Indian journal of veterinary science and animal husbandry - Volumes 18-21, 1948-1951
Year: 1948
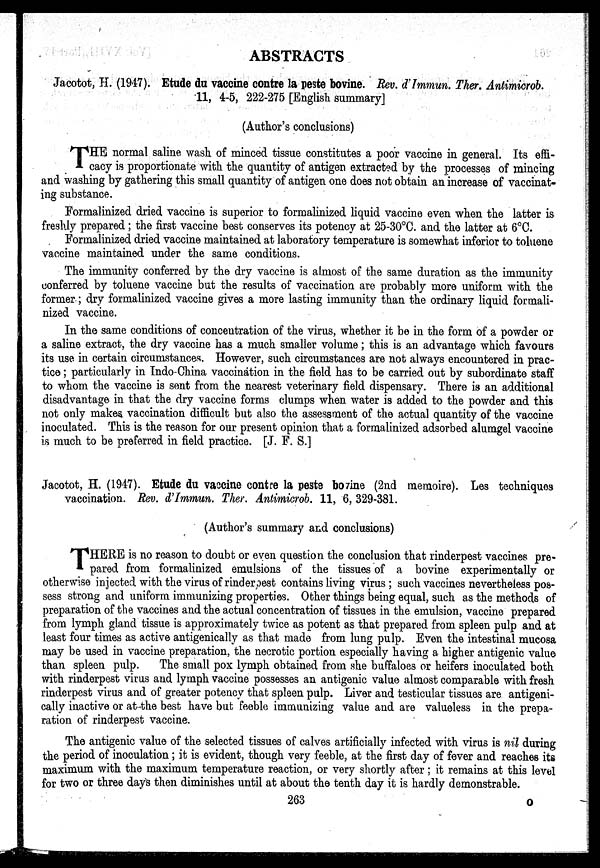
ABSTRACTS
Jacotot, H. (1947). Etude du vaccine contre la peste bovine. Rev. d Immun. Ther. Antimicrob.
11, 4-5, 222-275 [English summary]
(Author's conclusions)
T HE normal saline wash of minced tissue constitutes a poor vaccine in general. Its effi-
cacy is proportionate with the quantity of antigen extracted by the processes of mincing
and washing by gathering this small quantity of antigen one does not obtain an increase of vaccinat-
ing substance.
Formalinized dried vaccine is superior to formalinized liquid vaccine even when the latter is
freshly prepared ; the first vaccine best conserves its potency at 25-30°C. and the latter at 6°C.
Formalinized dried vaccine maintained at laboratory temperature is somewhat inferior to toluene
vaccine maintained under the same conditions.
The immunity conferred by the dry vaccine is almost of the same duration as the immunity
conferred by toluene vaccine but the results of vaccination are probably more uniform with the
former ; dry formalinized vaccine gives a more lasting immunity than the ordinary liquid formali-
nized vaccine.
In the same conditions of concentration of the virus, whether it be in the form of a powder or
a saline extract, the dry vaccine has a much smaller volume; this is an advantage which favours
its use in certain circumstances. However, such circumstances are not always encountered in prac-
tice ; particularly in Indo-China vaccination in the field has to be carried out by subordinate staff
to whom the vaccine is sent from the nearest veterinary field dispensary. There is an additional
disadvantage in that the dry vaccine forms clumps when water is added to the powder and this
not only makes vaccination difficult but also the assessment of the actual quantity of the vaccine
inoculated. This is the reason for our present opinion that a formalinized adsorbed alumgel vaccine
is much to be preferred in field practice. [J. F. S.]
Jacotot, H. (1947). Etude du vaccine contre la peste bozine (2nd memoire). Les techniques
vaccination. Rev. d'Immun. Ther. Antimicrob. 11, 6, 329-381.
(Author's summary and conclusions)
T HERE is no reason to doubt or even question the conclusion that rinderpest vaccines pre-
pared from formalinized emulsions of the tissues of a bovine experimentally or
otherwise injected with the virus of rinderpest contains living virus ; such vaccines nevertheless pos-
sess strong and uniform immunizing properties. Other things being equal, such as the methods of
preparation of the vaccines and the actual concentration of tissues in the emulsion, vaccine prepared
from lymph gland tissue is approximately twice as potent as that prepared from spleen pulp and at
least four times as active antigenically as that made from lung pulp. Even the intestinal mucosa
may be used in vaccine preparation, the necrotic portion especially having a higher antigenic value
than spleen pulp.
The small pox lymph obtained from she buffaloes or heifers inoculated both
with rinderpest virus and lymph vaccine possesses an antigenic value almost comparable with fresh
rinderpest virus and of greater potency that spleen pulp. Liver and testicular tissues are antigeni-
cally inactive or at the best have but feeble immunizing value and are valueless in the prepa-
ration of rinderpest vaccine.
The antigenic value of the selected tissues of calves artificially infected with virus is nil during
the period of inoculation ; it is evident, though very feeble, at the first day of fever and reaches its
maximum with the maximum temperature reaction, or very shortly after ; it remains at this level
for two or three days then diminishes until at about the tenth day it is hardly demonstrable.
263
O